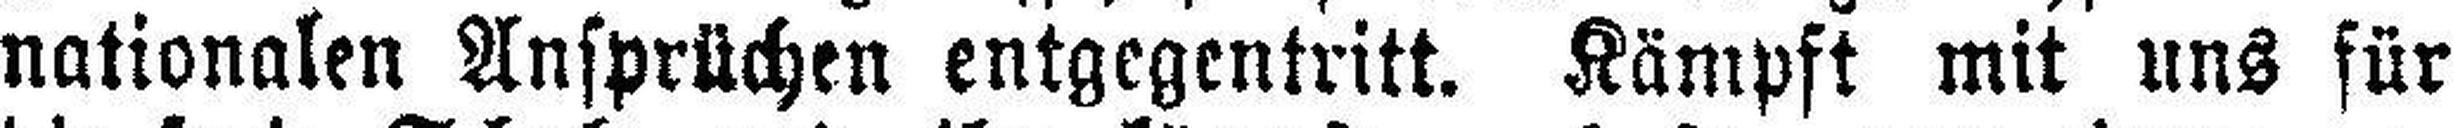
nationalen Ansprüchen entgegentritt. Kämpft mit uns für